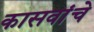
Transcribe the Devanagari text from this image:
कासवांचे